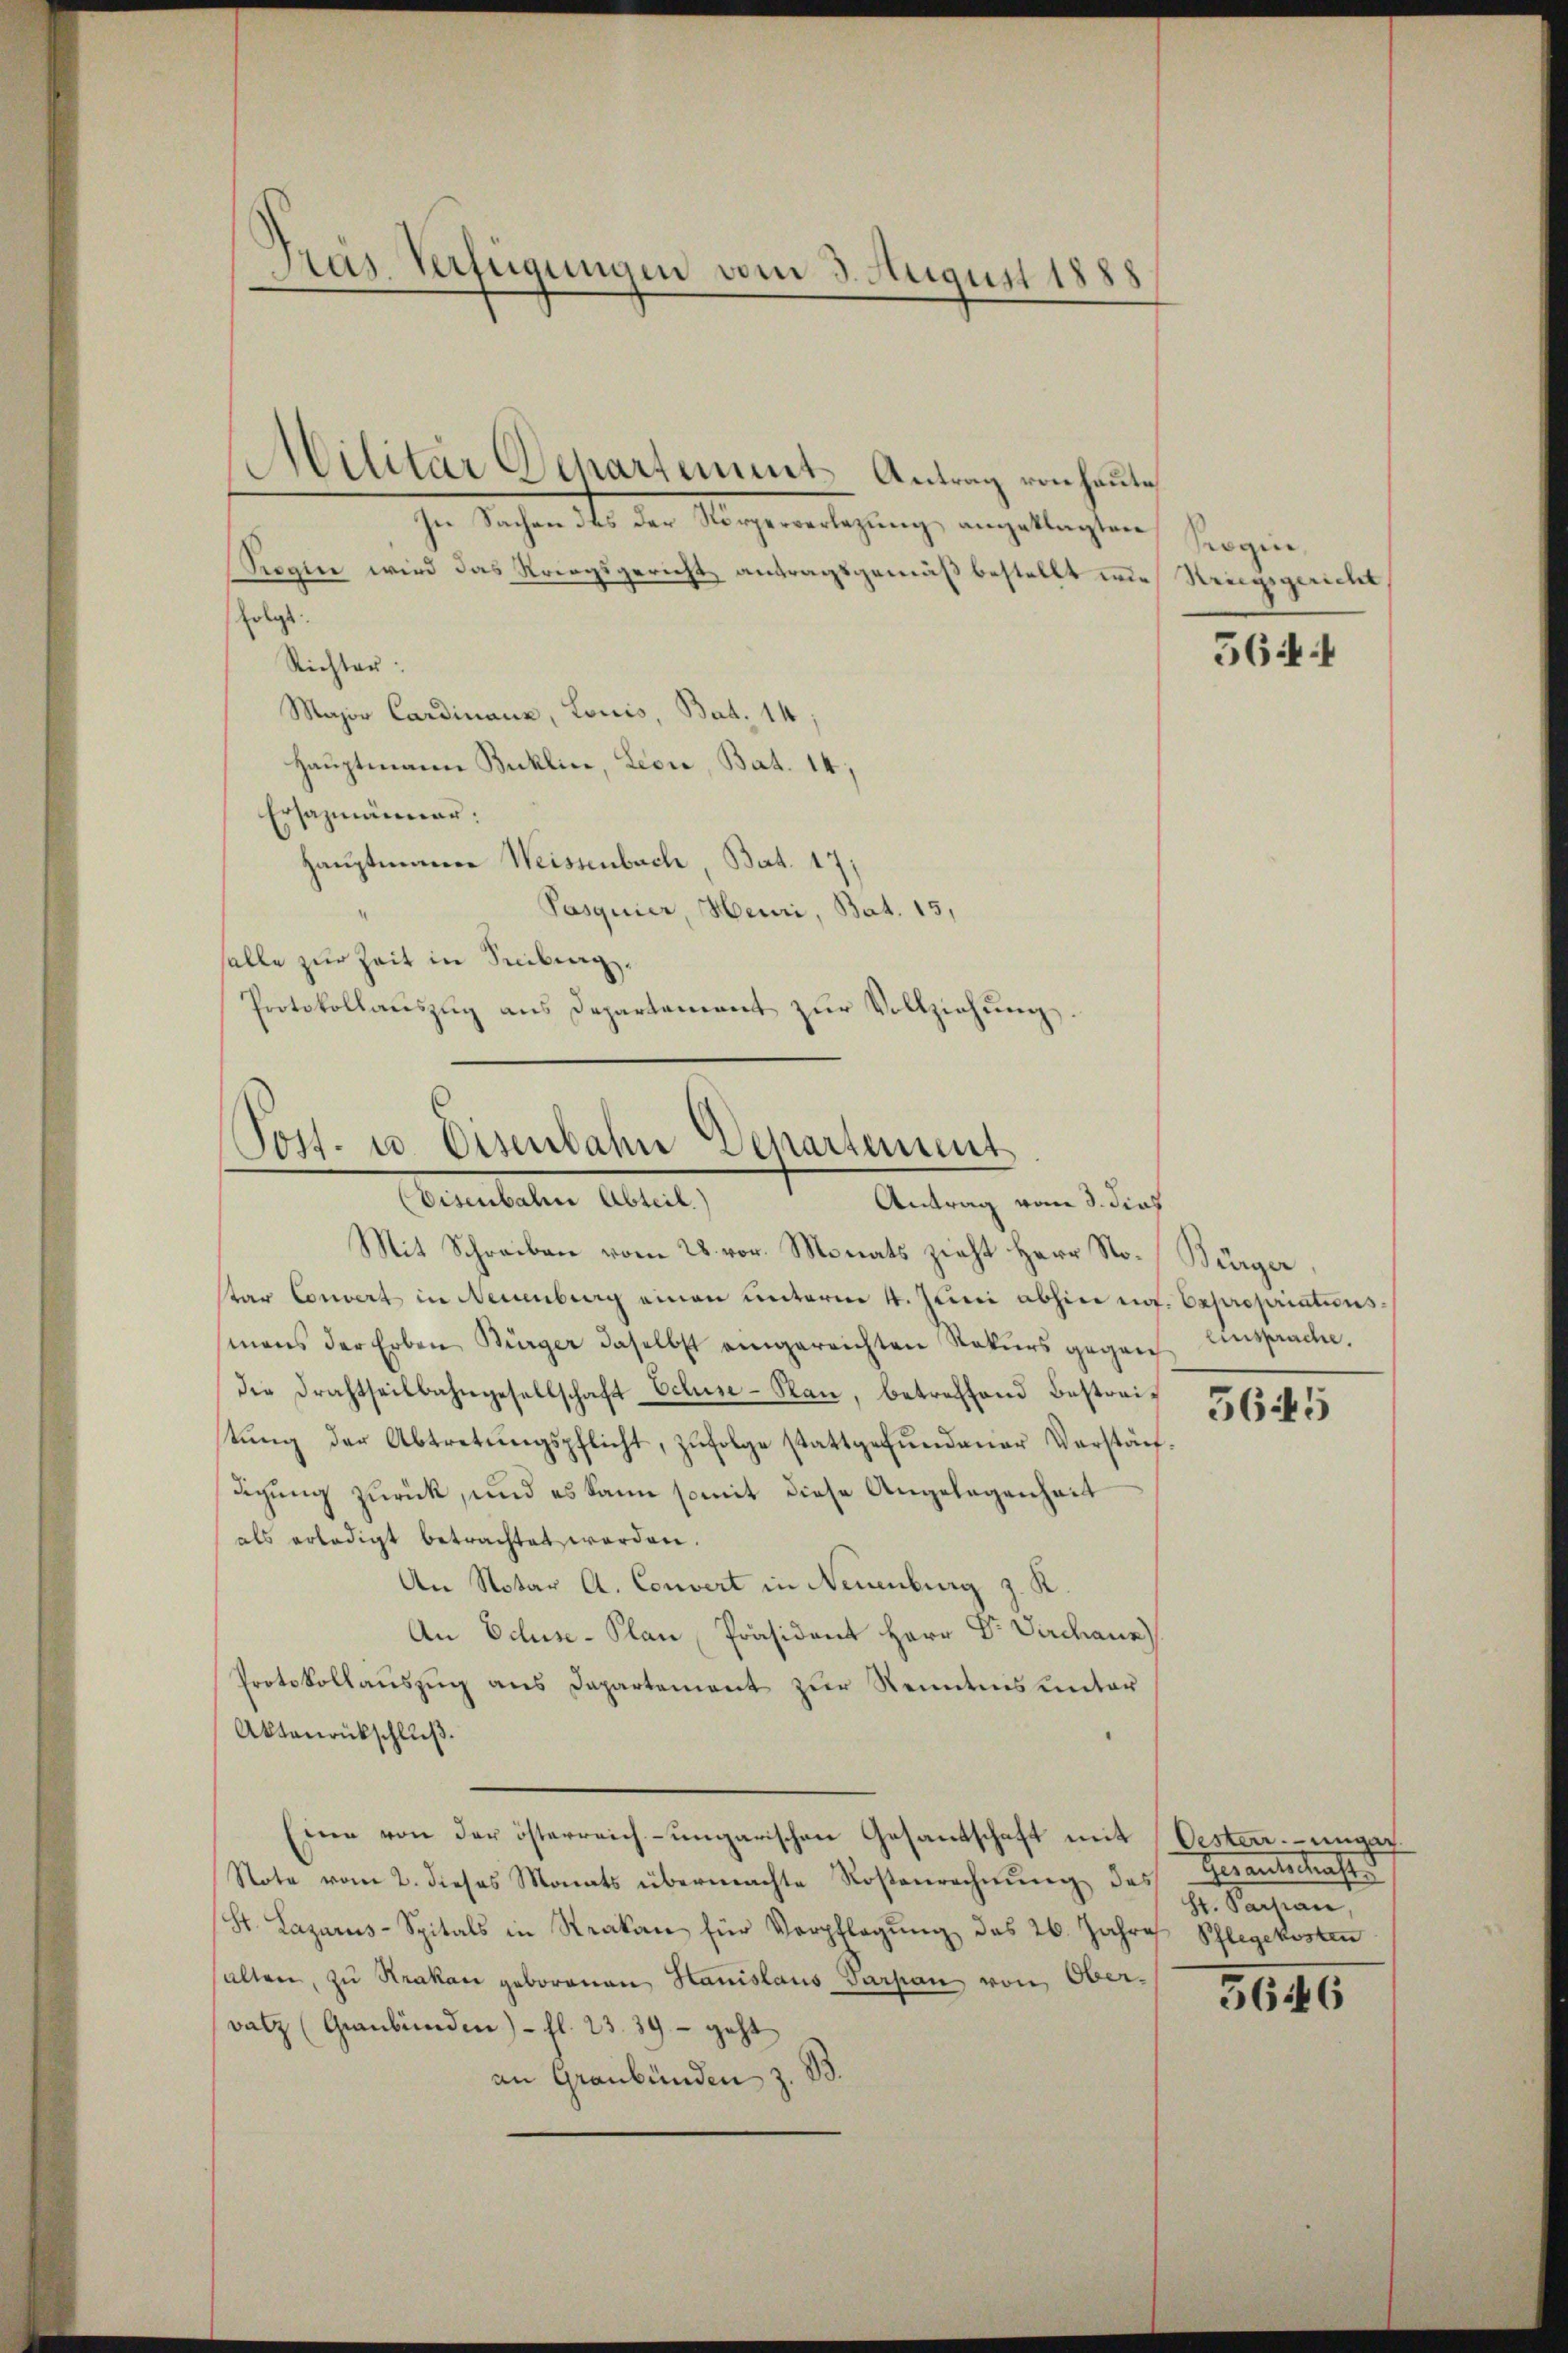
Pras Verfügungen vom 3. August 1888

he Sachen des der Mangenerlegung, angetragten, sorgen,
Seegen wird das Kriegsgericht antragsgemäß bestellt wie Kriegsgericht
folgt.
Richter:
Major Cardinanz, Louis, Bat. 14.
Hauptmann Bukline, Leere, Bat. 14,
Ersazmänner:
Hauptmann Weissenbach, Bat. 17:
Pasquier, Heuri, Bat. 15,
salle zur Zeit in Seiling.
Protokollauszug aus Departement zur Vollziehung.

Militär Departement Antrag von heute

Mit Schreiben vom 28. vor. Monats zieht Herr Sto-Bürger
sar Convert in Neuenburg einen unterm 4. Juni abhin no. Expropriationsmans der Erben Bürger daselbst eingereichten Rekŭrs gegen Einsprache.
die Drahtheilbahngesellschaft Ochse-Plan, betreffend Bestreistung der Abtretungspflicht, zufolge stattgefundener Verständigung zurück, und es kann somit diese Angelegenheit
als erledigt betrachtet werden.
An Notar A. Couvert in Neuenburg z. R.
An Schuse-Plan Präsident Herr Dr. Verchaue
Protokollauszug aus Departement zur Kenntnis unter
Aktenrückschluß.
Eine von der österreich-ungarischen Gesandschaft mit Oestenmar
Note vom 2. dieses Monats übermachte Rosenrechnŭng des Gesantschafts
St. Lazarus-Spitals in Strakan für Verpflegŭng des 26. Jahres Schlegekosten
halten, zu Krakau geborenen Hanislaus Parpan von Ober-
Satz (Graubünden) - fl. 23. 39 – geht
an Graubünden z. B.

Post- u. Eisenbahn Departement
Demuteten Alter           Antrag vom Straf

564

5645

Hr. Parsian,

5646